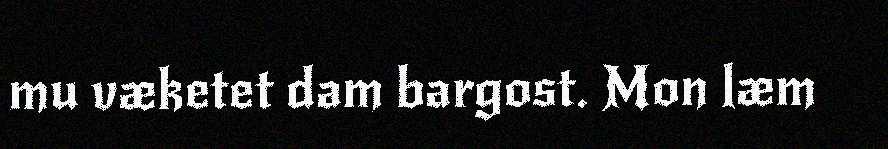
mu væketet dam bargost. Mon læm